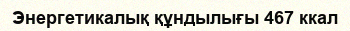
Энергетикалық құндылығы 467 ккал